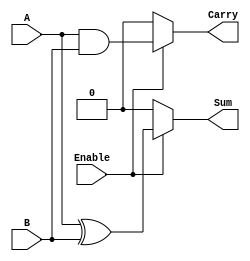
module conditional_half_adder (
    input wire A,        // First binary input (1 bit)
    input wire B,        // Second binary input (1 bit)
    input wire Enable,   // Control signal (1 bit)
    output reg Sum,      // Sum output (1 bit)
    output reg Carry     // Carry output (1 bit)
);

    always @(*) begin
        if (Enable) begin
            Sum = A ^ B;        // Compute Sum as A XOR B when Enable is high
            Carry = A & B;      // Compute Carry as A AND B when Enable is high
        end else begin
            Sum = 1'b0;         // Set Sum to 0 when Enable is low
            Carry = 1'b0;       // Set Carry to 0 when Enable is low
        end
    end

endmodule